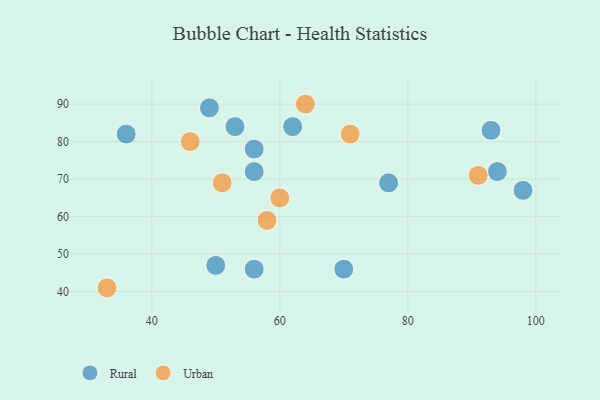
{"axis": {"x": "GDP", "y": "Life Expectancy"}, "legend": ["Rural", "Urban"], "data": [{"x": "56", "y": 46, "type": "Rural"}, {"x": "93", "y": 83, "type": "Rural"}, {"x": "70", "y": 46, "type": "Rural"}, {"x": "94", "y": 72, "type": "Rural"}, {"x": "77", "y": 69, "type": "Rural"}, {"x": "50", "y": 47, "type": "Rural"}, {"x": "36", "y": 82, "type": "Rural"}, {"x": "56", "y": 78, "type": "Rural"}, {"x": "56", "y": 72, "type": "Rural"}, {"x": "49", "y": 89, "type": "Rural"}, {"x": "98", "y": 67, "type": "Rural"}, {"x": "53", "y": 84, "type": "Rural"}, {"x": "62", "y": 84, "type": "Rural"}, {"x": "71", "y": 82, "type": "Urban"}, {"x": "46", "y": 80, "type": "Urban"}, {"x": "91", "y": 71, "type": "Urban"}, {"x": "60", "y": 65, "type": "Urban"}, {"x": "58", "y": 59, "type": "Urban"}, {"x": "33", "y": 41, "type": "Urban"}, {"x": "51", "y": 69, "type": "Urban"}, {"x": "64", "y": 90, "type": "Urban"}]}